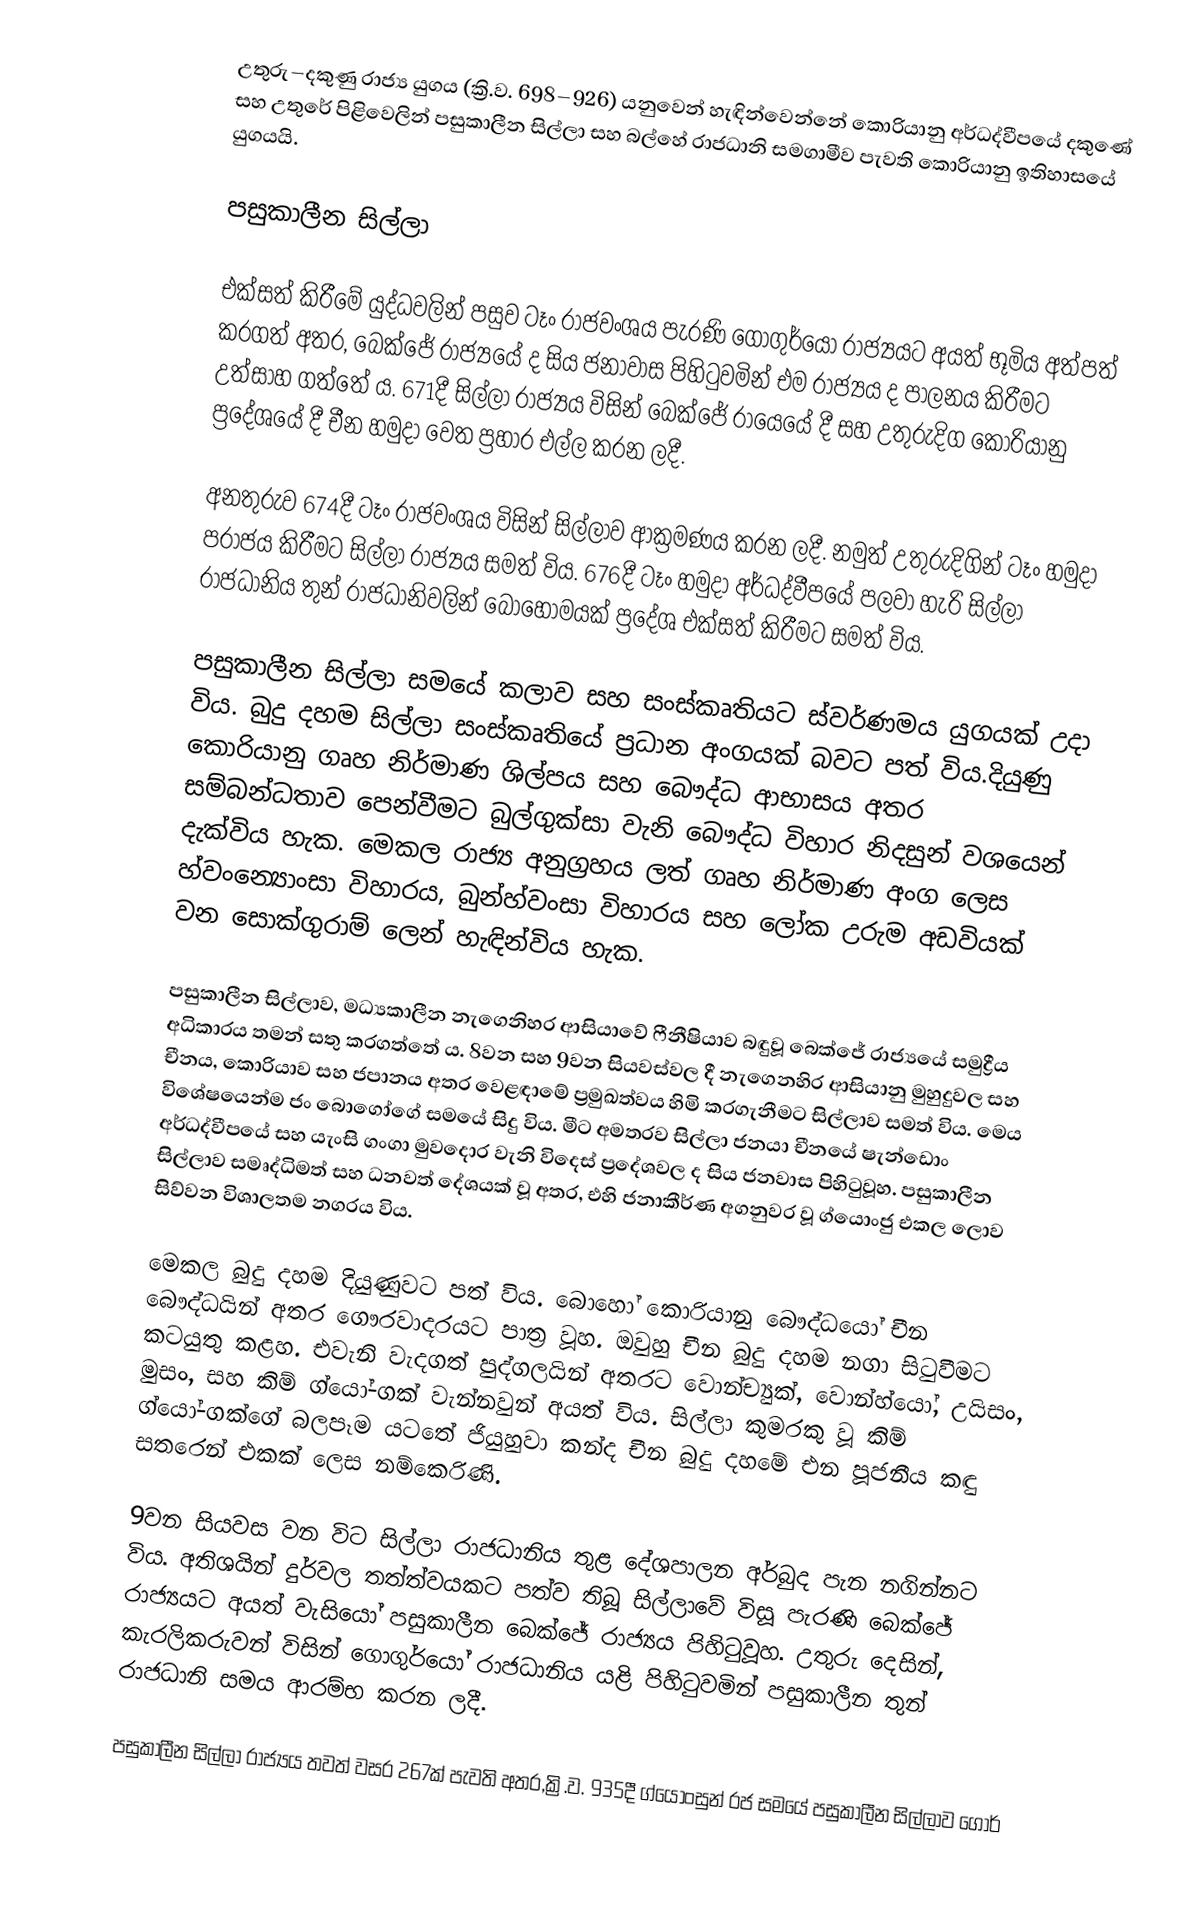
උතුරු–දකුණු රාජ්‍ය යුගය (ක්‍රි.ව. 698–926) යනුවෙන් හැඳින්වෙන්නේ කොරියානු අර්ධද්වීපයේ දකුණේ සහ උතුරේ පිළිවෙලින් පසුකාලීන සිල්ලා සහ බල්හේ රාජධානි සමගාමීව පැවති කොරියානු ඉතිහාසයේ යුගයයි.

පසුකාලීන සිල්ලා

එක්සත් කිරීමේ යුද්ධවලින් පසුව ටෑං රාජවංශය පැරණි ගොගුර්යෝ රාජ්‍යයට අයත් භූමිය අත්පත් කරගත් අතර, බෙක්ජේ රාජ්‍යයේ ද සිය ජනාවාස පිහිටුවමින් එම රාජ්‍යය ද පාලනය කිරී‍මට උත්සාහ ගත්තේ ය. 671දී සිල්ලා රාජ්‍යය විසින් බෙක්ජේ රා්‍යෙයේ දී සහ උතුරුදිග කොරියානු ප්‍රදේශයේ දී චීන හමුදා වෙත ප්‍රහාර එල්ල කරන ලදී.

අනතුරුව 674දී ටෑං රාජවංශය විසින් සිල්ලාව ආක්‍රමණය කරන ලදී. නමුත් උතුරුදිගින් ටෑං හමුදා පරාජය කිරීමට සිල්ලා රාජ්‍යය සමත් විය. 676දී ටෑං හමුදා අර්ධද්වීපයේ පලවා හැරි සිල්ලා රාජධානිය තුන් රාජධානිවලින් බොහෝමයක් ප්‍රදේශ එක්සත් කිරීමට සමත් විය.

පසුකාලීන සිල්ලා සමයේ කලාව සහ සංස්කෘතියට ස්වර්ණමය යුගයක් උදා විය. බුදු දහම සිල්ලා සංස්කෘතියේ ප්‍රධාන අංගයක් බවට පත් විය.දියුණු කොරියානු ගෘහ නිර්මාණ ශිල්පය සහ බෞද්ධ ආභාසය අතර සම්බන්ධතාව පෙන්වීමට බුල්ගුක්සා වැනි බෞද්ධ විහාර නිදසුන් වශයෙන් දැක්විය හැක. මෙකල රාජ්‍ය අනුග්‍රහය ලත් ගෘහ නිර්මාණ අංග ලෙස හ්වංන්‍යොංසා විහාරය, බුන්හ්වංසා විහාරය සහ ලෝක උරුම අඩවියක් වන සොක්ගුරාම් ලෙන් හැඳින්විය හැක.

පසුකාලීන සිල්ලාව, මධ්‍යකාලීන නැගෙනිහර ආසියාවේ ෆීනීෂියාව බඳුවූ බෙක්ජේ රාජ්‍යයේ සමුද්‍රීය අධිකාරය තමන් සතු කරගත්තේ ය. 8වන සහ 9වන සියවස්වල දී නැගෙනහිර ආසියානු මුහුදුවල සහ චීනය, කොරියාව සහ ජපානය අතර වෙළඳාමේ ප්‍රමුඛත්වය හිමි කරගැනීමට සිල්ලාව සමත් විය. මෙය විශේෂයෙන්ම ජං බොගෝගේ සමයේ සිදු විය. මීට අමතරව සිල්ලා ජනයා චීනයේ ෂැන්ඩොං අර්ධද්වීපයේ සහ යැංසි ගංගා මුවදොර වැනි විදෙස් ප්‍රදේශවල ද සිය ජනවාස පිහිටුවූහ. පසුකාලීන සිල්ලාව සමෘද්ධිමත් සහ ධනවත් දේශයක් වූ අතර, එහි ජනාකීර්ණ අගනුවර වූ ග්යොංජු එකල ලොව සිව්වන විශාලතම නගරය විය.

මෙකල බුදු දහම දියුණුවට පත් විය. බොහෝ කොරියානු බෞද්ධයෝ චීන බෞද්ධයින් අතර ගෞරවාදරයට පාත්‍ර වූහ. ඔවුහු චීන බුදු දහම නගා සිටුවීමට කටයුතු කළහ. එවැනි වැදගත් පුද්ගලයින් අතරට වොන්ච්‍යුක්, වොන්හ්යෝ, උයිසං, මුසං, සහ කිම් ග්යෝ-ගක් වැන්නවුන් අයත් විය. සිල්ලා කුමරකු වූ කිම් ග්යෝ-ගක්ගේ බලපෑම යටතේ ජියුහුවා කන්ද චීන බුදු දහමේ එන පූජනීය කඳු සතරෙන් එකක් ලෙස නම්කෙරිණි.

9වන සියවස වන විට සිල්ලා රාජධානිය තුළ දේශපාලන අර්බුද පැන නගින්නට විය. අතිශයින් දුර්වල තත්ත්වයකට පත්ව තිබූ සිල්ලාවේ විසූ පැරණි බෙක්ජේ රාජ්‍යයට අයත් වැසියෝ පසුකාලීන බෙක්ජේ රාජ්‍යය පිහිටුවූහ. උතුරු දෙසින්, කැරලිකරුවන් විසින් ගොගුර්යෝ රාජධානිය යළි පිහිටුවමින් පසුකාලීන තුන් රාජධානි සමය ආරම්භ කරන ලදී.

පසුකාලීන සිල්ලා රාජ්‍යය තවත් වසර 267ක් පැවති අතර,ක්‍රි.ව. 935දී ග්යොංසුන් රජ සමයේ පසුකාලීන සිල්ලාව ගොර්